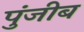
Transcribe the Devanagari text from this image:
पुंजीब